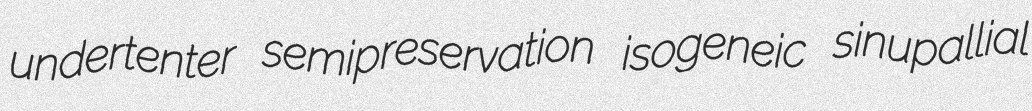
undertenter semipreservation isogeneic sinupallial